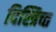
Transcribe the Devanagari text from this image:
दिस्त्रिच्त